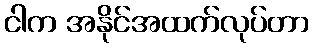
ငါက အနိုင်အထက်လုပ်တာ